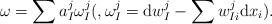
LaTeX: \begin{align*}\omega =\sum a^j_I\omega^j_I(, \omega^j_I=\mbox{d}w^j_I-\sum w^j_{Ii}\mbox{d}x_i).\end{align*}